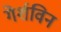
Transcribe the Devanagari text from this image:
गेर्शविन